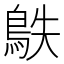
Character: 䳀